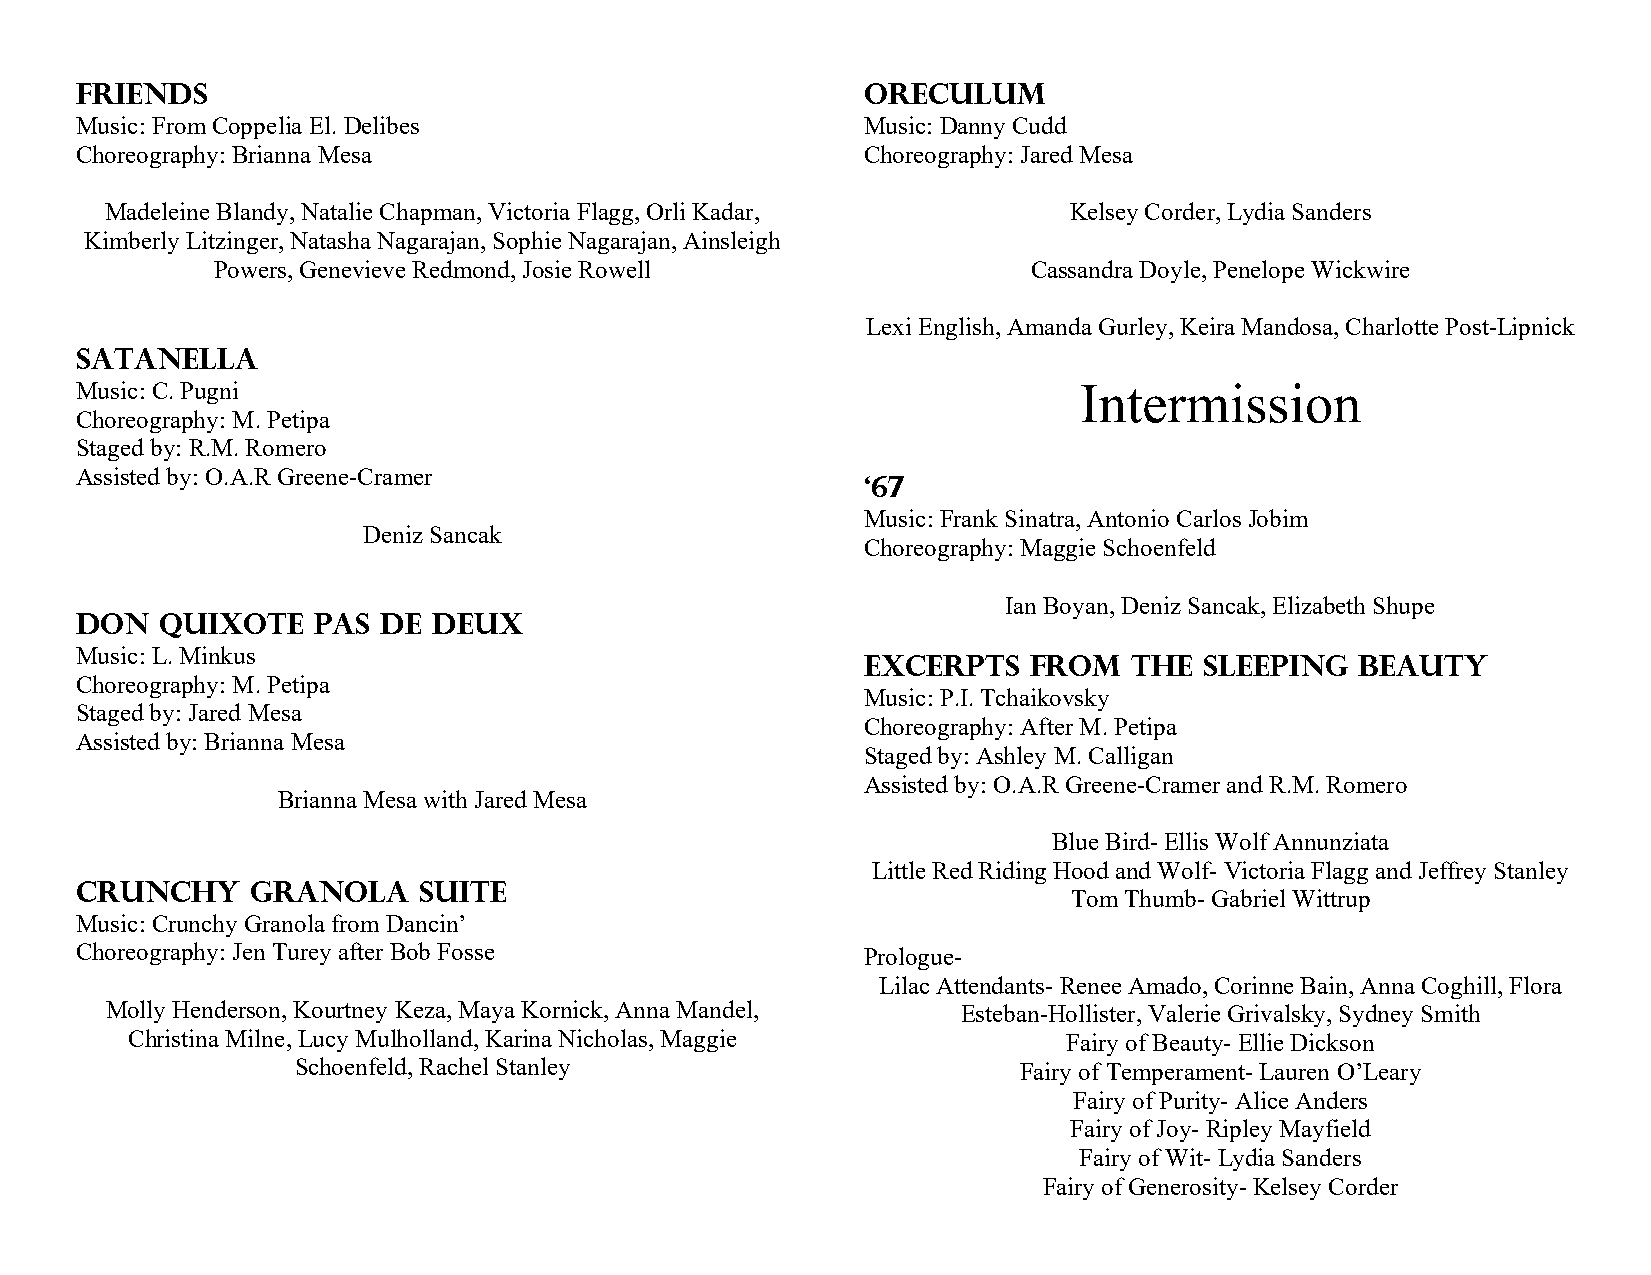
Friends                                             oreculum
 Music: From Coppelia El. Delibes                    Music: Danny Cudd
 Choreography: Brianna Mesa                          Choreography: Jared Mesa
 Madeleine Blandy, Natalie Chapman, Victoria Flagg, Orli Kadar,  Kelsey Corder, Lydia Sanders
 Kimberly Litzinger, Natasha Nagarajan, Sophie Nagarajan, Ainsleigh
 Powers, Genevieve Redmond, Josie Rowell               Cassandra Doyle, Penelope Wickwire
 Lexi English, Amanda Gurley, Keira Mandosa, Charlotte Post-Lipnick
 satanella
 Music: C. Pugni                                                   Intermission
 Choreography: M. Petipa
 Staged by: R.M. Romero
 Assisted by: O.A.R Greene-Cramer
 ‘67
 Music: Frank Sinatra, Antonio Carlos Jobim
 Deniz Sancak
 Choreography: Maggie Schoenfeld
 Ian Boyan, Deniz Sancak, Elizabeth Shupe
 Don   quixote   pas de  deux
 Music: L. Minkus
 Excerpts   from   the  sleeping  beauty
 Choreography: M. Petipa
 Music: P.I. Tchaikovsky
 Staged by: Jared Mesa
 Choreography: After M. Petipa
 Assisted by: Brianna Mesa
 Staged by: Ashley M. Calligan
 Assisted by: O.A.R Greene-Cramer and R.M. Romero
 Brianna Mesa with Jared Mesa
 Blue Bird- Ellis Wolf Annunziata
 Little Red Riding Hood and Wolf- Victoria Flagg and Jeffrey Stanley
 Crunchy     granola    suite
 Tom Thumb- Gabriel Wittrup
 Music: Crunchy Granola from Dancin’
 Choreography: Jen Turey after Bob Fosse             Prologue-
 Lilac Attendants- Renee Amado, Corinne Bain, Anna Coghill, Flora
 Molly Henderson, Kourtney Keza, Maya Kornick, Anna Mandel, Esteban-Hollister, Valerie Grivalsky, Sydney Smith
 Christina Milne, Lucy Mulholland, Karina Nicholas, Maggie      Fairy of Beauty- Ellie Dickson
 Schoenfeld, Rachel Stanley                      Fairy of Temperament- Lauren O’Leary
 Fairy of Purity- Alice Anders
 Fairy of Joy- Ripley Mayfield
 Fairy of Wit- Lydia Sanders
 Fairy of Generosity- Kelsey Corder